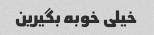
خیلی خوبه بگیرین